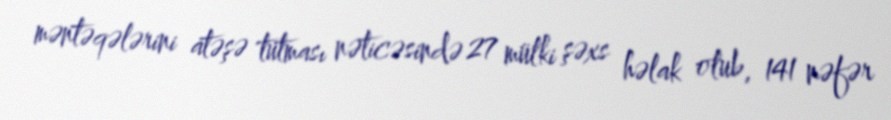
məntəqələrini atəşə tutması nəticəsində 27 mülki şəxs həlak olub, 141 nəfər